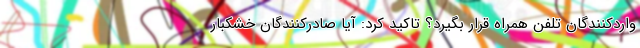
واردکنندگان تلفن همراه قرار بگیرد؟ تاکید کرد: آیا صادرکنندگان خشکبار